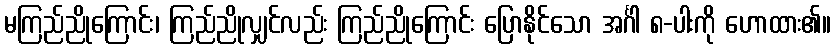
မကြည်ညိုကြောင်း၊ ကြည်ညိုလျှင်လည်း ကြည်ညိုကြောင်း ပြောနိုင်သော အင်္ဂါ ၈-ပါးကို ဟောထား၏။